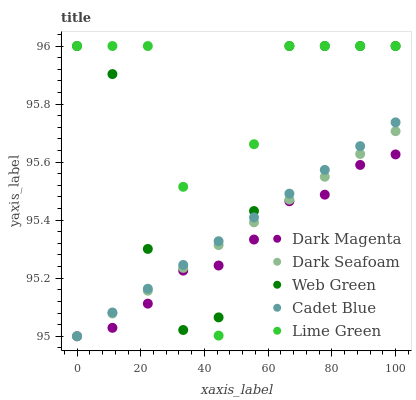
| xaxis_label | Dark Magenta | Dark Seafoam | Web Green | Cadet Blue | Lime Green |
 | --- | --- | --- | --- | --- | --- |
 | 0 | 95 | 95 | 96 | 95 | 96 |
 | 11.1 | 95 | 95.1 | 95.9 | 95.1 | 96 |
 | 22.2 | 95.1 | 95.2 | 95.3 | 95.2 | 96 |
 | 33.3 | 95.2 | 95.2 | 95 | 95.2 | 95.5 |
 | 44.4 | 95.2 | 95.3 | 95.1 | 95.3 | 95 |
 | 55.6 | 95.3 | 95.4 | 95.4 | 95.4 | 95.7 |
 | 66.7 | 95.5 | 95.5 | 96 | 95.5 | 96 |
 | 77.8 | 95.5 | 95.5 | 96 | 95.6 | 96 |
 | 88.9 | 95.6 | 95.6 | 96 | 95.7 | 96 |
 | 100 | 95.6 | 95.7 | 96 | 95.7 | 96 |